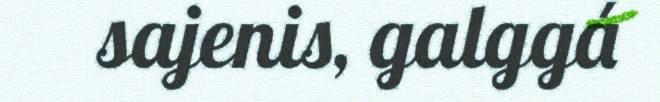
sajenis, galggá